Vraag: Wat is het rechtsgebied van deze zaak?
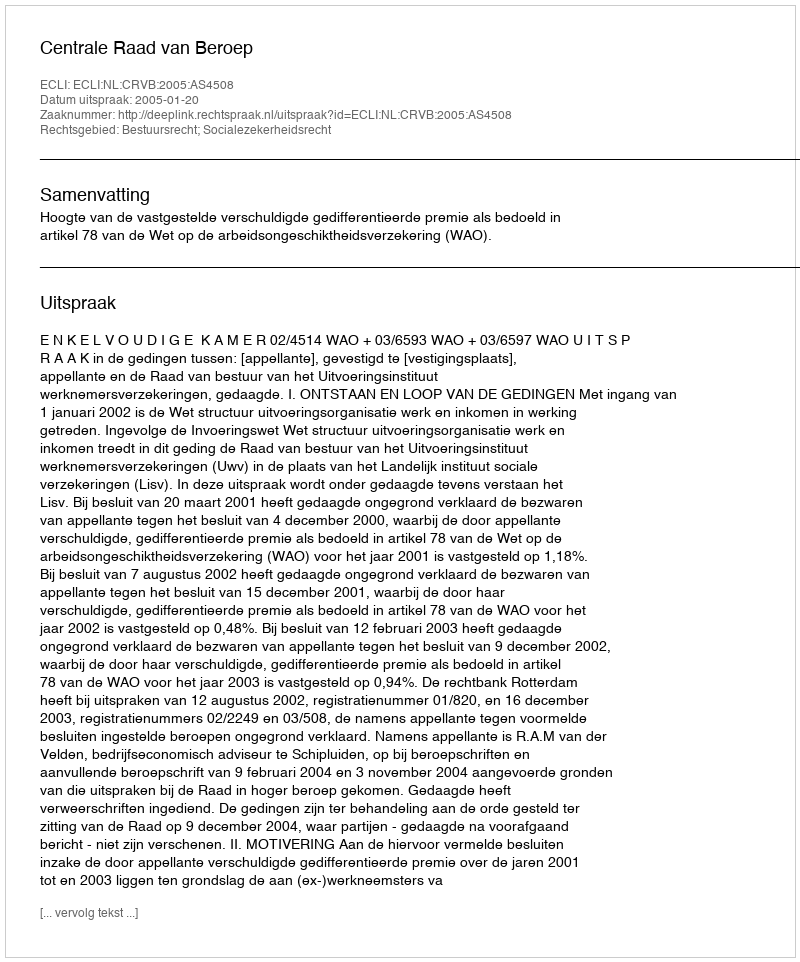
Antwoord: Bestuursrecht; Socialezekerheidsrecht